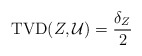
\begin{align*}\mathrm{TVD}(Z, \mathcal{U})& = \frac{\delta_Z}{2}\end{align*}